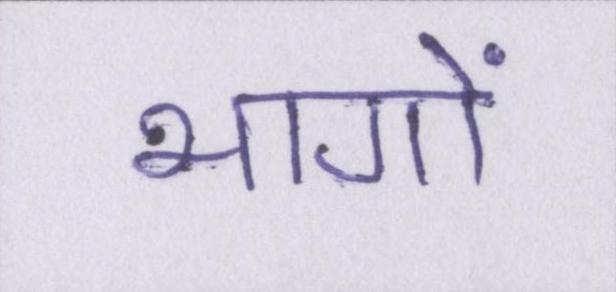
भागों